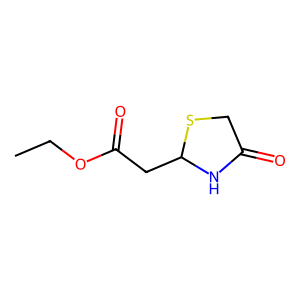
SMILES: CCOC(=O)CC1NC(=O)CS1
Inhibits HIV replication: No